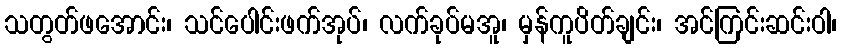
သတွတ်ဖအောင်း၊ သင်ပေါင်းဖက်အုပ်၊ လက်ခုပ်မအူ၊ မှန်ကူပိတ်ချင်း၊ အင်ကြင်းဆင်းဝါ၊